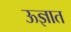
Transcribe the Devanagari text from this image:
ऊज्ञात